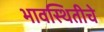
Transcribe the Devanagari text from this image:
भावस्थितीचे